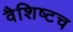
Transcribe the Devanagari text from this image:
वैशिष्टच